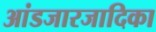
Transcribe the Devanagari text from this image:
आंडजारजादिका